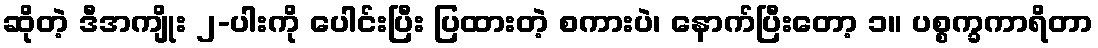
ဆိုတဲ့ ဒီအကျိုး ၂-ပါးကို ပေါင်းပြီး ပြထားတဲ့ စကားပဲ၊ နောက်ပြီးတော့ ၁။ ပစ္စက္ခကာရိတာ